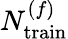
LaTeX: N_{\mathrm{train}}^{(f)}